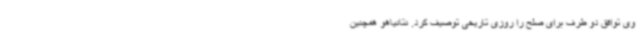
وی توافق دو طرف برای صلح را روزی تاریخی توصیف کرد. نتانیاهو همچنین